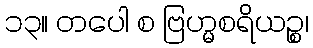
၁၃။ တပေါ စ ဗြဟ္မစရိယဉ္စ၊